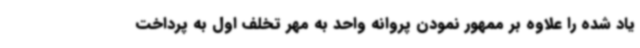
یاد شده را علاوه بر ممهور نمودن پروانه واحد به مهر تخلف اول به پرداخت